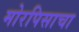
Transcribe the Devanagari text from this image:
मोरपिसाचा